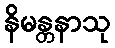
နိမန္တနာသု